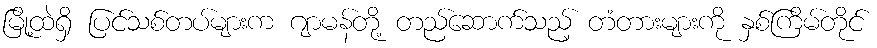
မြို့ထဲရှိ ပြင်သစ်တပ်များက ဂျာမန်တို့ တည်ဆောက်သည့် တံတားများကို နှစ်ကြိမ်တိုင်